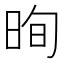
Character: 㫬